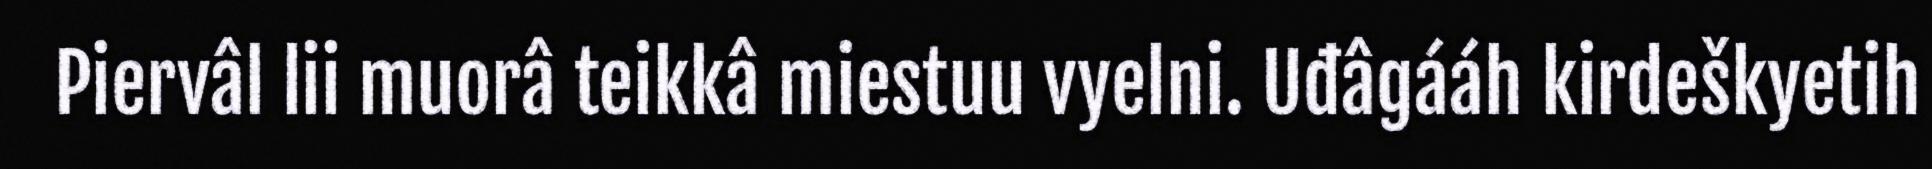
Piervâl lii muorâ teikkâ miestuu vyelni. Uđâgááh kirdeškyetih